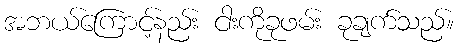
အဘယ်ကြောင့်နည်း ငါးကိုခုဖမ်း ခုချက်သည်။